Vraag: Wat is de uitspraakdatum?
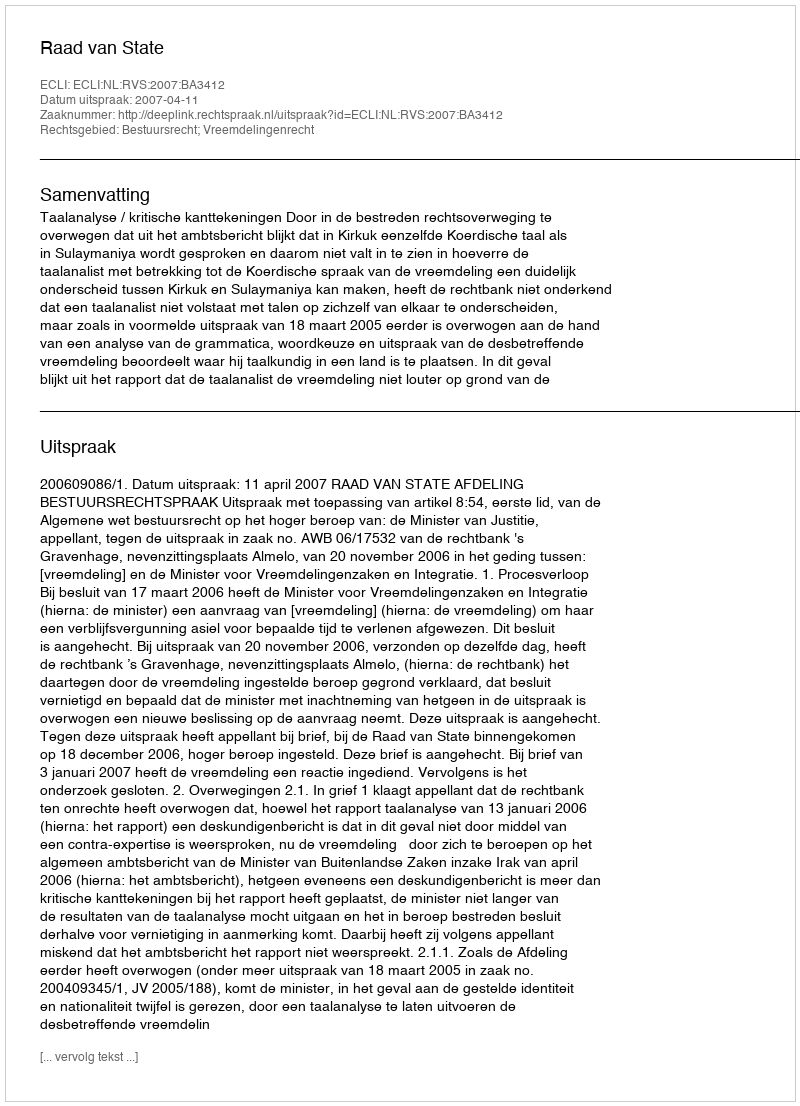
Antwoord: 2007-04-11